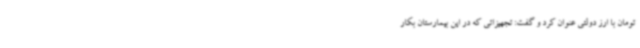
تومان با ارز دولتی عنوان کرد و گفت: تجهیزاتی که در این بیمارستان بکار